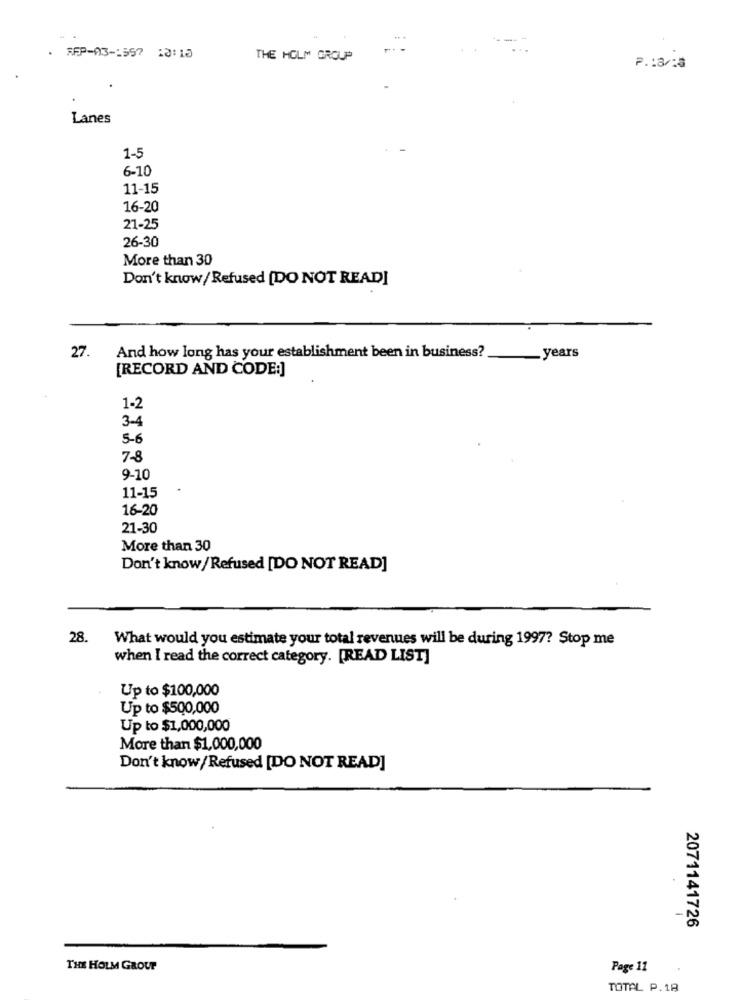
. AFP-03-1597 10:10
THE HOLM GROUP
P .: 3/13
Lanes
1-5
6-10
11-15
16-20
21-25
26-30
More than 30
Don't know/ Refused [DO NOT READ]
And how long has your establishment been in business?
27.
--
years
[RECORD AND CODE:]
1-2
3-4
5-6
7-8
9-10
11-15
16-20
21-30
More than 30
Don't know/ Refused [DO NOT READ]
28. What would you estimate your total revenues will be during 1997? Stop me
when I read the correct category. [READ LIST]
Up to $100,000
Up to $500,000
Up to $1,000,000
More than $1,000,000
Don't know/Refused [DO NOT READ]
-
2071141726
THE HOLM GROUP
Page 11
TOTAL P.18